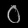
Digit: ၀